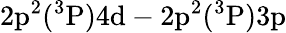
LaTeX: \mathrm{2p^{2}(^{3}P)4d-2p^{2}(^{3}P)3p}